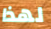
لهذا